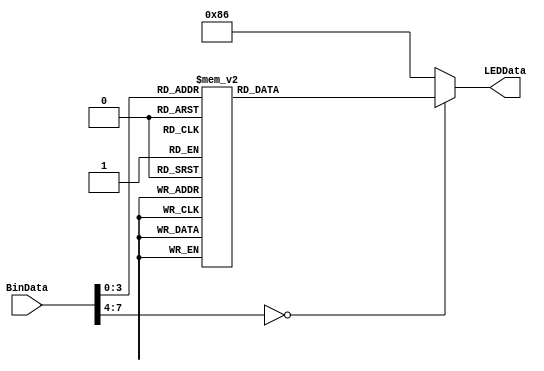
module BinToLED(BinData, LEDData);
	input [7:0]			BinData;
	output reg [7:0]	LEDData;

	always @(*) begin
		case (BinData)
		  8'd0:	LEDData = 8'b11000000;
		  8'd1:	LEDData = 8'b11111001;
		  8'd2:	LEDData = 8'b10100100;
		  8'd3:	LEDData = 8'b10110000;
		  8'd4:	LEDData = 8'b10011001;
		  8'd5:	LEDData = 8'b10010010;
		  8'd6:	LEDData = 8'b10000010;
		  8'd7:	LEDData = 8'b11111000;
		  8'd8:	LEDData = 8'b10000000;
		  8'd9: LEDData = 8'b10010000;
		  default:	LEDData = 8'b10000110;
		endcase
	end

endmodule